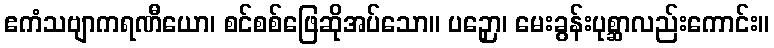
ဧကံသဗျာကရဏီယော၊ စင်စစ်ဖြေဆိုအပ်သော။ ပဉှော၊ မေးခွန်းပုစ္ဆာလည်းကောင်း။